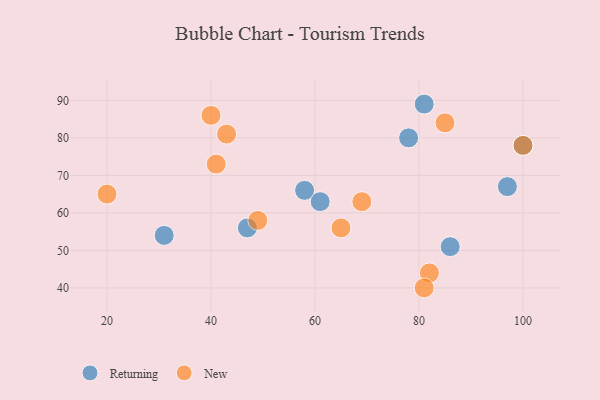
{"axis": {"x": "GDP", "y": "Life Expectancy"}, "legend": ["New", "Returning"], "data": [{"x": "97", "y": 67, "type": "Returning"}, {"x": "100", "y": 78, "type": "Returning"}, {"x": "47", "y": 56, "type": "Returning"}, {"x": "58", "y": 66, "type": "Returning"}, {"x": "31", "y": 54, "type": "Returning"}, {"x": "61", "y": 63, "type": "Returning"}, {"x": "81", "y": 89, "type": "Returning"}, {"x": "86", "y": 51, "type": "Returning"}, {"x": "78", "y": 80, "type": "Returning"}, {"x": "100", "y": 78, "type": "New"}, {"x": "20", "y": 65, "type": "New"}, {"x": "65", "y": 56, "type": "New"}, {"x": "41", "y": 73, "type": "New"}, {"x": "69", "y": 63, "type": "New"}, {"x": "85", "y": 84, "type": "New"}, {"x": "49", "y": 58, "type": "New"}, {"x": "40", "y": 86, "type": "New"}, {"x": "43", "y": 81, "type": "New"}, {"x": "82", "y": 44, "type": "New"}, {"x": "81", "y": 40, "type": "New"}]}